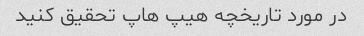
در مورد تاریخچه هیپ هاپ تحقیق کنید